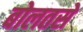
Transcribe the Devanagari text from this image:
बोलतसे